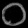
Digit: ၀